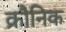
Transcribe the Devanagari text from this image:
क्रौनिक